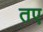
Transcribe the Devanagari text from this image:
तए